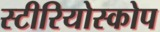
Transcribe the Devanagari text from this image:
स्टीरियोस्कोप